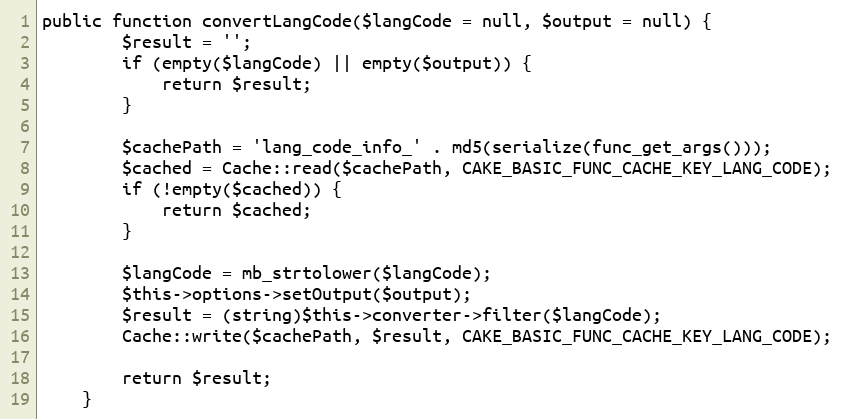
Language: PHP
public function convertLangCode($langCode = null, $output = null) {
		$result = '';
		if (empty($langCode) || empty($output)) {
			return $result;
		}

		$cachePath = 'lang_code_info_' . md5(serialize(func_get_args()));
		$cached = Cache::read($cachePath, CAKE_BASIC_FUNC_CACHE_KEY_LANG_CODE);
		if (!empty($cached)) {
			return $cached;
		}

		$langCode = mb_strtolower($langCode);
		$this->options->setOutput($output);
		$result = (string)$this->converter->filter($langCode);
		Cache::write($cachePath, $result, CAKE_BASIC_FUNC_CACHE_KEY_LANG_CODE);

		return $result;
	}